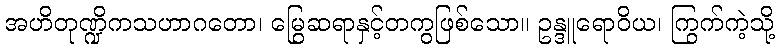
အဟိတုဏ္ဍိကသဟာဂတော၊ မြွေဆရာနှင့်တကွဖြစ်သော။ ဥန္ဒူရောဝိယ၊ ကြွက်ကဲ့သို့